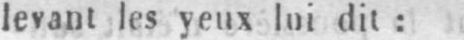
levant les yeux lui dit: